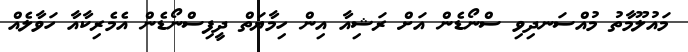
މައުލޫމާތު މުއްސަނދިވި ސްނޯޑެން އަށް ރަޝިއާ އިން ހިމާޔަތް ދީފިސްނޯޑެން އެމެރިކާއާ ހަވާލެއް